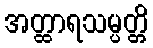
အတ္ထာရသမ္ပတ္တိ